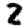
Digit: 2